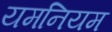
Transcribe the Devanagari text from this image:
यमनियम